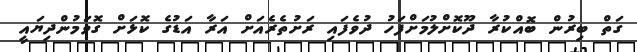
ގަތް ބިރުން ބޮއްކުރާ ދޫކޮށްލުމަށްފަހު ދުވެފައި ރަށުތެރެއަށް އަރާ އަޑުގެ ކޮޅަށް ގޮވަމުންދިޔައީ